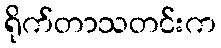
ရိုက်တာသတင်းက